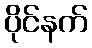
ပိုင်နက်